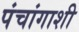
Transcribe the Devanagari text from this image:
पंचांगाशी